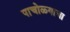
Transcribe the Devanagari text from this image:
पाचोळ्याचा